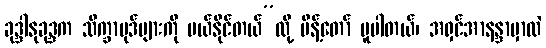
ခုဒ္ဒါနုခုဒ္ဒက သိက္ခာပုဒ်များကို ပယ်နိုင်တယ်”လို့ မိန့်တော် မူပါတယ်၊ အရှင်အာနန္ဒာမှာလဲ